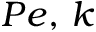
P e , \, k